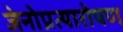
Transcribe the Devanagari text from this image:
जेनोप्रत्यारोपण